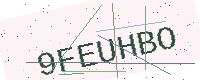
Text: 9FEUHBO